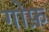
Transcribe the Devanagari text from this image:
गोफ़